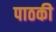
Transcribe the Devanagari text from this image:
पाठकी